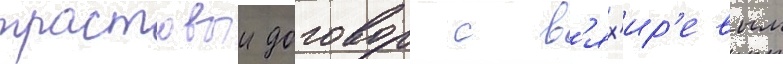
трастовыи договор с в'ях'ир'евым